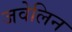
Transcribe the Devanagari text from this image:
जवेलिन